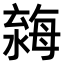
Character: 𣼿